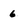
Character: 6